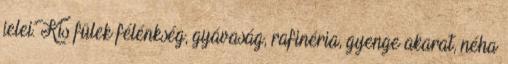
jelei. Kis fülek félénkség, gyávaság, rafinéria, gyenge akarat, néha